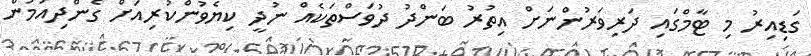
ގަޑިއިރު މި ޓާމްގައި ދަރިވަރުންނަށް އިތުރު ބަންދު ދުވަސްތަކެއް ނުދީ ކިޔެވުންކުރިއަށް ގެންދިއުމުން